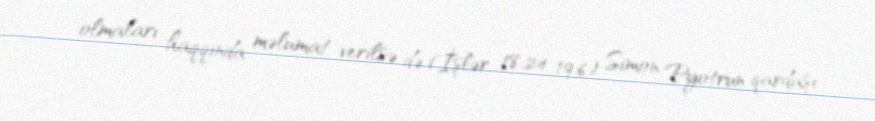
olmaları haqqında məlumat verilsə də (İşlər 18:24-19:6) Simon Pyotrun qardaşı